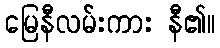
မြေနီလမ်းကား နီ၏။